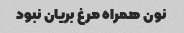
نون همراه مرغ بریان نبود